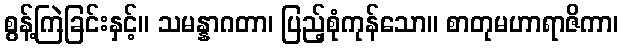
စွန့်ကြဲခြင်းနှင့်။ သမန္နာဂတာ၊ ပြည့်စုံကုန်သော။ စာတုမဟာရာဇိကာ၊